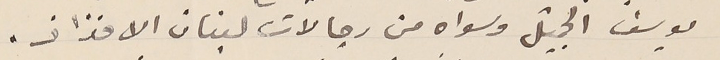
يوسف الجميّل وسواه من رجالات لبنان الافذاذ.